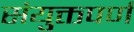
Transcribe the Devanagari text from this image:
संयुक्तपर्ण